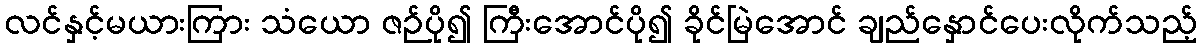
လင်နှင့်မယားကြား သံယော ဇဉ်ပို၍ ကြီးအောင်ပို၍ ခိုင်မြဲအောင် ချည်နှောင်ပေးလိုက်သည့်